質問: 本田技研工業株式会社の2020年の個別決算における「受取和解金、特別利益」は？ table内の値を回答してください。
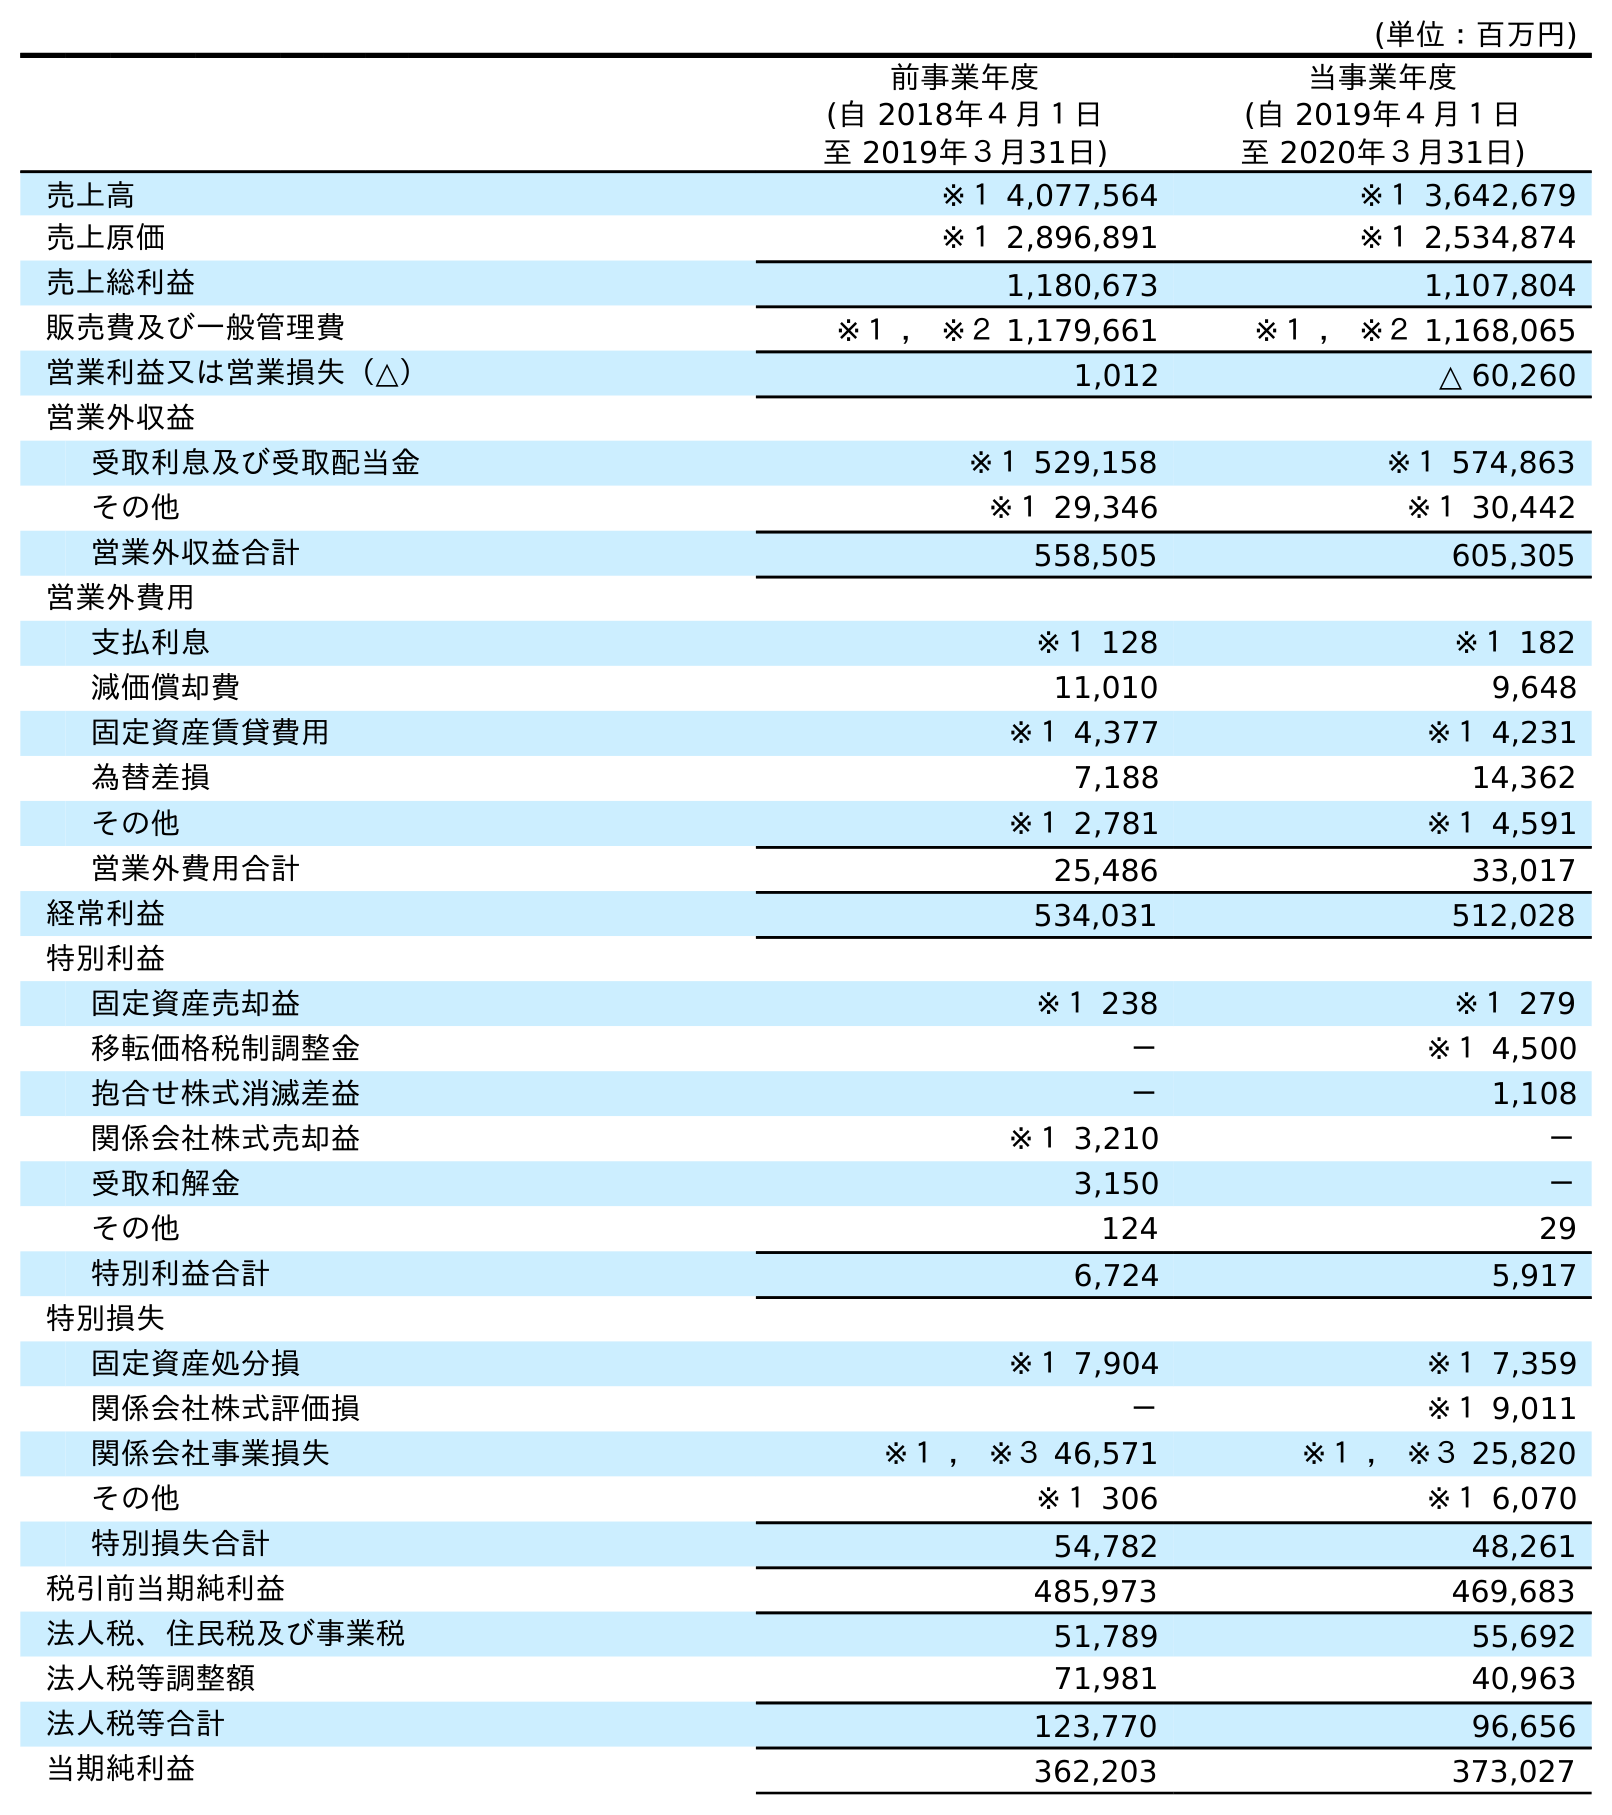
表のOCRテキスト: (単位：百万円) 前事業年度 (自 2018年４月１日 至 2019年３月31日) 当事業年度 (自 2019年４月１日 至 2020年３月31日) 売上高 ※１ 4,077,564 ※１ 3,642,679 売上原価 ※１ 2,896,891 ※１ 2,534,874 売上総利益 1,180,673 1,107,804 販売費及び一般管理費 ※１ ， ※２ 1,179,661 ※１ ， ※２ 1,168,065 営業利益又は営業損失（△） 1,012 △ 60,260 営業外収益 受取利息及び受取配当金 ※１ 529,158 ※１ 574,863 その他 ※１ 29,346 ※１ 30,442 営業外収益合計 558,505 605,305 営業外費用 支払利息 ※１ 128 ※１ 182 減価償却費 11,010 9,648 固定資産賃貸費用 ※１ 4,377 ※１ 4,231 為替差損 7,188 14,362 その他 ※１ 2,781 ※１ 4,591 営業外費用合計 25,486 33,017 経常利益 534,031 512,028 特別利益 固定資産売却益 ※１ 238 ※１ 279 移転価格税制調整金 － ※１ 4,500 抱合せ株式消滅差益 － 1,108 関係会社株式売却益 ※１ 3,210 － 受取和解金 3,150 － その他 124 29 特別利益合計 6,724 5,917 特別損失 固定資産処分損 ※１ 7,904 ※１ 7,359 関係会社株式評価損 － ※１ 9,011 関係会社事業損失 ※１ ， ※３ 46,571 ※１ ， ※３ 25,820 その他 ※１ 306 ※１ 6,070 特別損失合計 54,782 48,261 税引前当期純利益 485,973 469,683 法人税、住民税及び事業税 51,789 55,692 法人税等調整額 71,981 40,963 法人税等合計 123,770 96,656 当期純利益 362,203 373,027
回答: －